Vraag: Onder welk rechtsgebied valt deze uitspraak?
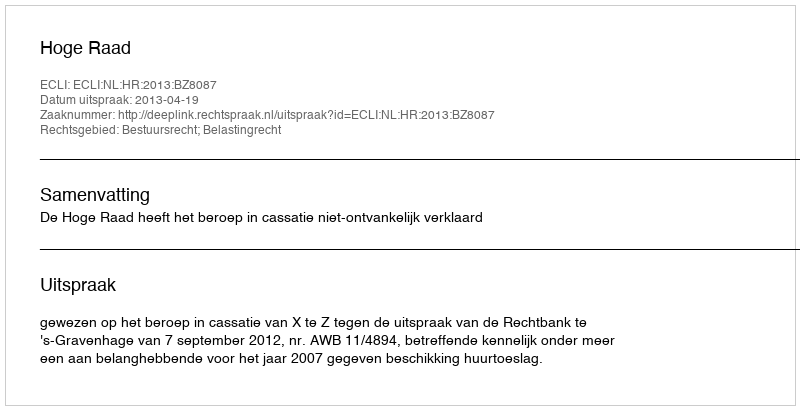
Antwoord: Bestuursrecht; Belastingrecht